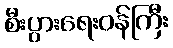
စီးပွားရေးဝန်ကြီး